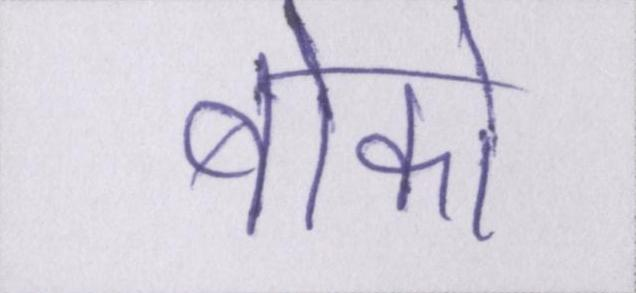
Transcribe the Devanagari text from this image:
बोको